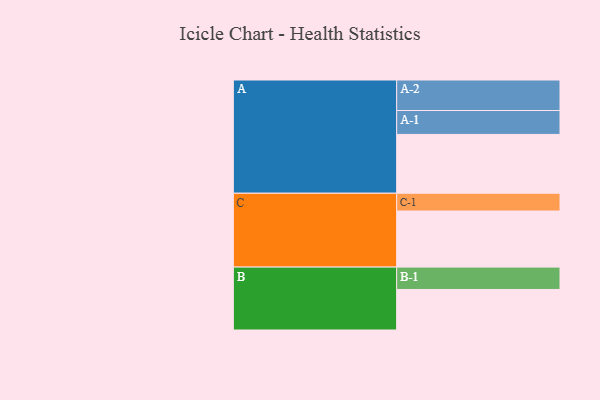
{"axis": {"x": "Segment", "y": "Value"}, "legend": ["", "A", "B", "C"], "data": [{"x": "A", "y": 563, "type": ""}, {"x": "B", "y": 388, "type": ""}, {"x": "C", "y": 537, "type": ""}, {"x": "A-1", "y": 229, "type": "A"}, {"x": "A-2", "y": 292, "type": "A"}, {"x": "B-1", "y": 214, "type": "B"}, {"x": "C-1", "y": 170, "type": "C"}]}